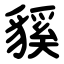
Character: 貕